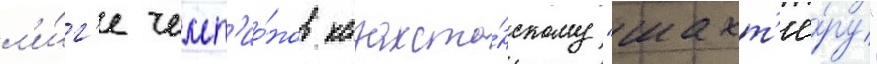
л'и́г'е чемп'ио́нов казахста́нскому "шахт'ё́ру"